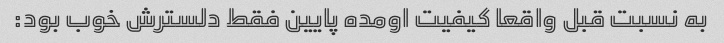
به نسبت قبل واقعا کیفیت اومده پایین فقط دلسترش خوب بود: